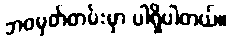
ဘဝမှတ်တမ်းမှာ ပါရှိပါတယ်။